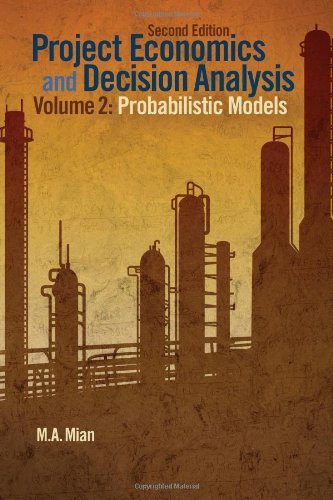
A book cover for Project Economics and Decision Analysis, Volume 2: Probabilistic Models; M. A. Mian; Business & Money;